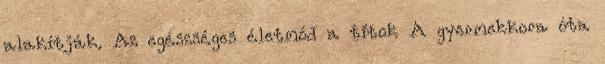
alakítják. Az egészséges életmód a titok A gyermekkora óta